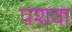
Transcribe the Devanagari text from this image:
पशवा